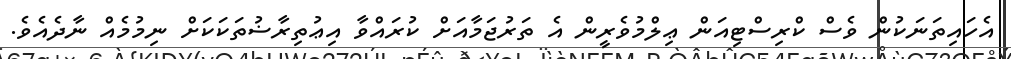
އެހައިތަނަކުން ވެސް ކްރިސްޓިއަން ޢިލްމުވެރީން އެ ތަރުޖަމާއަށް ކުރައްވާ އިޢުތިރާޟުތަކަކަށް ނިމުމެއް ނާދެއެވެ.